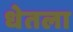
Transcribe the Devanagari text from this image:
धेतला